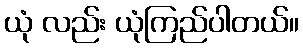
ယုံ လည်း ယုံကြည်ပါတယ်။